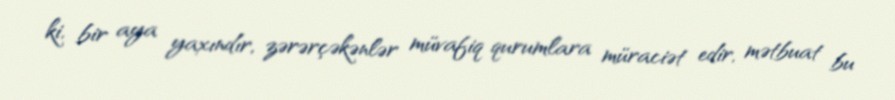
ki, bir aya yaxındır, zərərçəkənlər müvafiq qurumlara müraciət edir, mətbuat bu